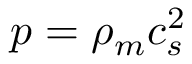
p = \rho _ { m } c _ { s } ^ { 2 }